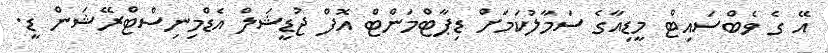
އޭ ގެ ވެބްސައިޓް މީޑިއާގެ ސަމާލުކަމަށް ޑިޕާޓްމަންޓް އޮފް ޖުޑީޝަލް އެޑްމިނިސްޓްރޭޝަން ޑީ.